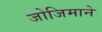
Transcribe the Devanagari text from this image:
जोजिमाने